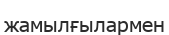
жамылғылармен